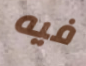
فيه